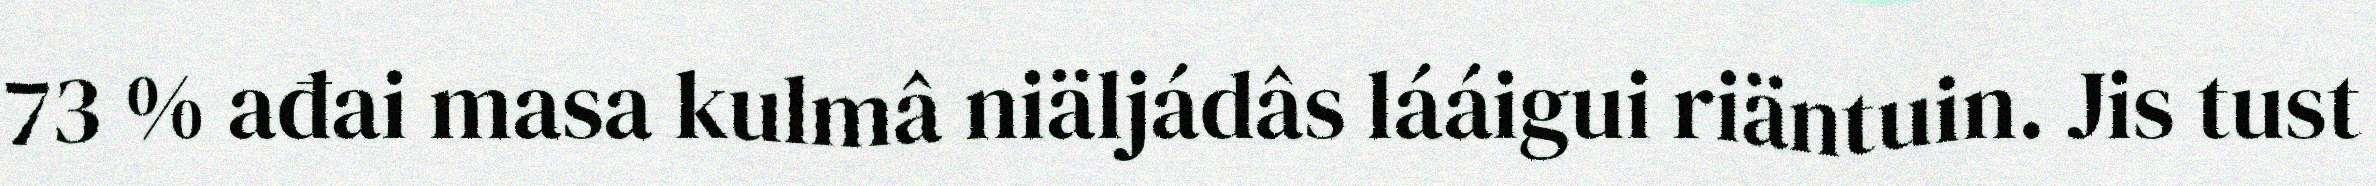
73 % ađai masa kulmâ niäljádâs lááigui riäntuin. Jis tust